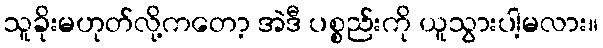
သူခိုးမဟုတ်လို့ကတော့ အဲဒီ ပစ္စည်းကို ယူသွားပါ့မလား။